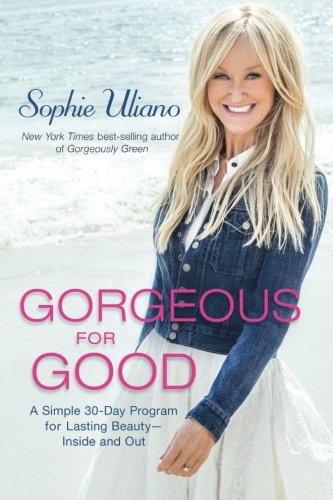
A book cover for Gorgeous for Good: A Simple 30-Day Program for Lasting  Beauty EE Inside and Out; Sophie Uliano; Health, Fitness & Dieting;